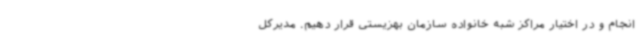
انجام و در اختیار مراکز شبه خانواده سازمان بهزیستی قرار دهیم. مدیرکل